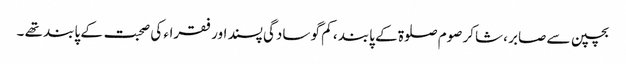
بچپن سے صابر ، شاکر صوم صلوۃ کے پابند ، کم گو سادگی پسند اور فقراء کی صحبت کے پابند تھے ۔